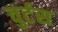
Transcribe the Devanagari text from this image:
वुर्टस